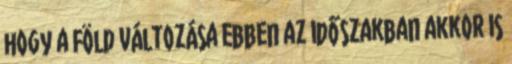
hogy a Föld változása ebben az időszakban akkor is